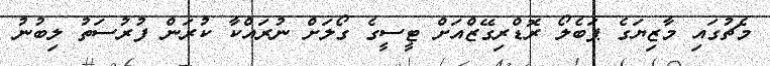
މެޗުގައި މާޒިޔަަގެ ޕަބެލޯ ރޮޑްރިގޭޒްއަށް ޓީސީގެ ގޯލަށް ނުރައްކާ ކުރަން ފުރުސަތު ލިބުނު